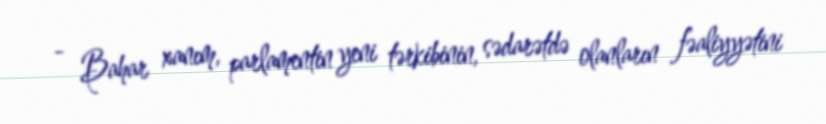
- Bahar xanım, parlamentin yeni tərkibinin, sədarətdə olanların fəaliyyətini